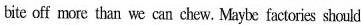
bite off more than we can chew. Maybe factories should